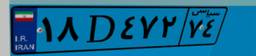
۱۴D۵۷۹۴۳